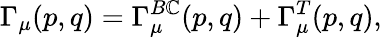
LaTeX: \Gamma_{\mu}(p,q)=\Gamma_{\mu}^{B\mathbb{C}}(p,q)+\Gamma_{\mu}^{T}(p,q),